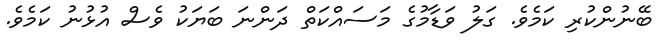
ބޭނުންކުރި ކަމެވެ. ގަލު ވަޑާމުގެ މަސައްކަތް ދަންނަ ބަޔަކު ވެސް އުޅުނު ކަމެވެ.